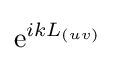
{\textrm {e}}^{ikL_{(uv)}}